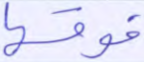
فوقها